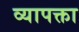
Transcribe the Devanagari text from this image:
व्यापक्ता